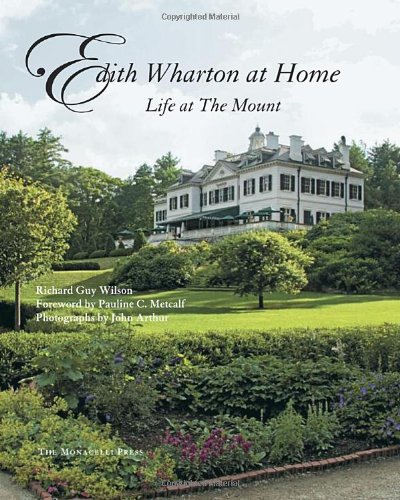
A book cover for Edith Wharton at Home: Life at the Mount; Richard Guy Wilson; Arts & Photography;